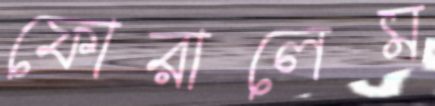
ফোরালেম